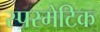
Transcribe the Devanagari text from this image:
स्परमेटिक